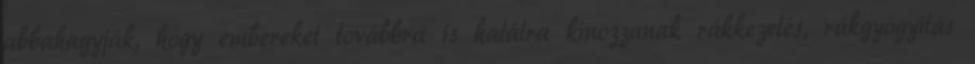
abbahagyják, hogy embereket továbbra is halálra kínozzanak rákkezelés, rákgyógyítás